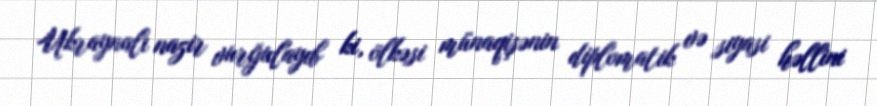
Ukraynalı nazir vurğulayıb ki, ölkəsi münaqişənin diplomatik və siyasi həllini